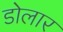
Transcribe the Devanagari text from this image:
डोलार